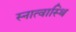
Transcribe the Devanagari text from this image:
स्नात्वास्थि